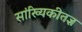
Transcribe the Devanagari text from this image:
सांख्यिकीतज्ञ